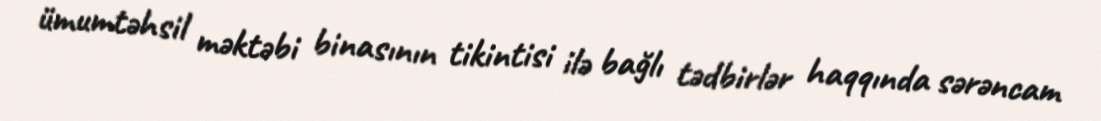
ümumtəhsil məktəbi binasının tikintisi ilə bağlı tədbirlər haqqında sərəncam